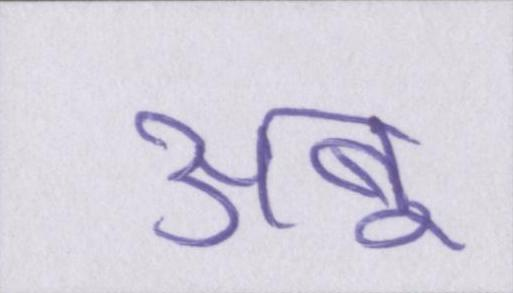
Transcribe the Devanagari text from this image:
अबू